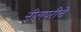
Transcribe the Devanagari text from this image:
नीलपरीचे